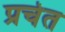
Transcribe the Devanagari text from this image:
प्रचेत